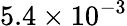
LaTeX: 5.4\times 10^{-3}